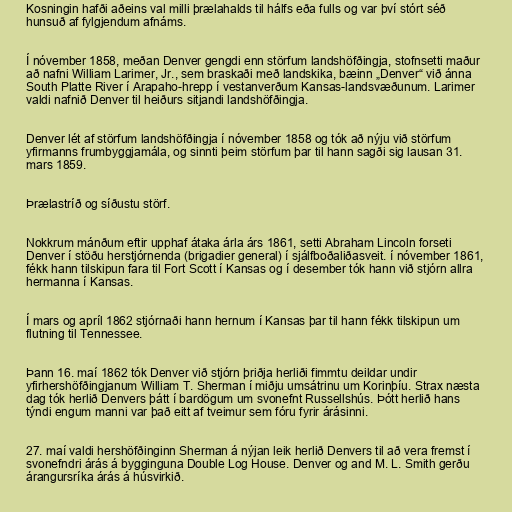
Kosningin hafði aðeins val milli þrælahalds til hálfs eða fulls og var því stórt séð
hunsuð af fylgjendum afnáms.

Í nóvember 1858, meðan Denver gengdi enn störfum landshöfðingja, stofnsetti maður
að nafni William Larimer, Jr., sem braskaði með landskika, bæinn „Denver“ við ánna
South Platte River í Arapaho-hrepp í vestanverðum Kansas-landsvæðunum. Larimer
valdi nafnið Denver til heiðurs sitjandi landshöfðingja.

Denver lét af störfum landshöfðingja í nóvember 1858 og tók að nýju við störfum
yfirmanns frumbyggjamála, og sinnti þeim störfum þar til hann sagði sig lausan 31.
mars 1859.

Þrælastríð og síðustu störf.

Nokkrum mánðum eftir upphaf átaka árla árs 1861, setti Abraham Lincoln forseti
Denver í stöðu herstjórnenda (brigadier general) í sjálfboðaliðasveit. í nóvember 1861,
fékk hann tilskipun fara til Fort Scott í Kansas og í desember tók hann við stjórn allra
hermanna í Kansas.

Í mars og apríl 1862 stjórnaði hann hernum í Kansas þar til hann fékk tilskipun um
flutning til Tennessee.

Þann 16. maí 1862 tók Denver við stjórn þriðja herliði fimmtu deildar undir
yfirhershöfðingjanum William T. Sherman í miðju umsátrinu um Korinþíu. Strax næsta
dag tók herlið Denvers þátt í bardögum um svonefnt Russellshús. Þótt herlið hans
týndi engum manni var það eitt af tveimur sem fóru fyrir árásinni.

27. maí valdi hershöfðinginn Sherman á nýjan leik herlið Denvers til að vera fremst í
svonefndri árás á bygginguna Double Log House. Denver og and M. L. Smith gerðu
árangursríka árás á húsvirkið.